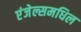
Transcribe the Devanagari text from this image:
एंजेल्समधिल